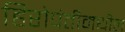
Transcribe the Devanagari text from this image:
हिरोपंतीमधील